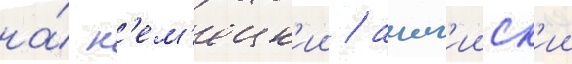
на́ н'ем'ецк'ии / англ'ииск'ии